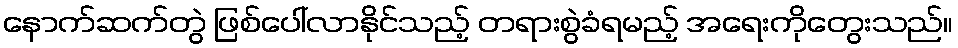
နောက်ဆက်တွဲ ဖြစ်ပေါ်လာနိုင်သည့် တရားစွဲခံရမည့် အရေးကိုတွေးသည်။